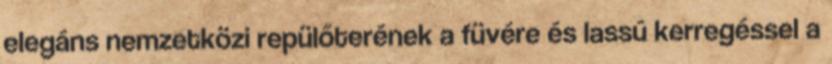
elegáns nemzetközi repülőterének a füvére és lassú kerregéssel a